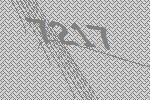
7217